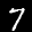
Label: 7